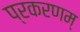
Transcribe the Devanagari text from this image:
प्रकरणम्‌